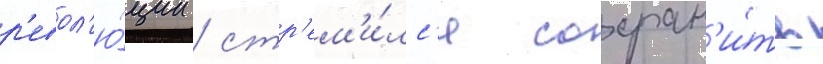
р'евол'ю́ции / стр'ем'и́лс'я сохран'и́ть